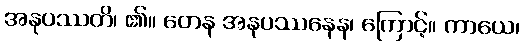
အနုပဿတိ၊ ၏။ တေန အနုပဿနေန၊ ကြောင့်။ ကာယေ၊